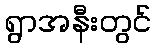
ရွာအနီးတွင်